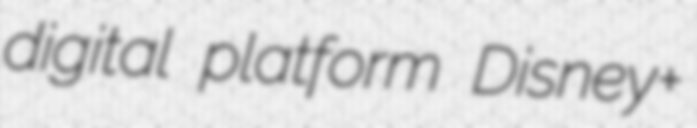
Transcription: digital platform Disney+